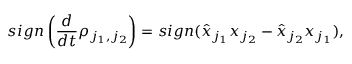
s i g n \left( \frac { d } { d t } \rho _ { j _ { 1 } , j _ { 2 } } \right) = s i g n ( \hat { x } _ { j _ { 1 } } x _ { j _ { 2 } } - \hat { x } _ { j _ { 2 } } x _ { j _ { 1 } } ) ,